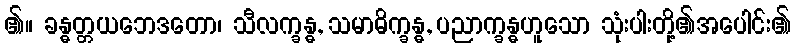
၏။ ခန္ဓတ္တယဘေဒတော၊ သီလက္ခန္ဓ, သမာဓိက္ခန္ဓ, ပညာက္ခန္ဓဟူသော သုံးပါးတို့၏အပေါင်း၏